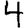
Digit: 4